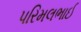
પરિમલભાઈ